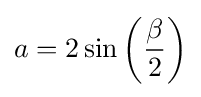
a=2\sin \left({\frac {\beta }{2}}\right)